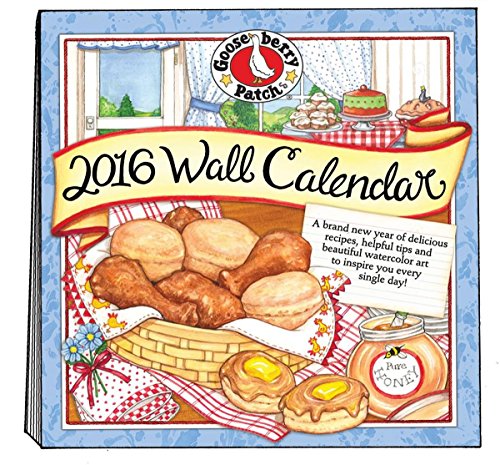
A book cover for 2016 Gooseberry Patch Wall Calendar (Gooseberry Patch Calendars); Gooseberry Patch; Calendars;